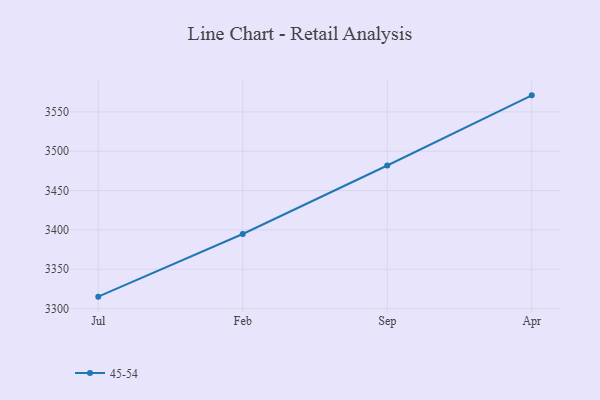
{"axis": {"x": "Month", "y": "Demand Index"}, "legend": ["45-54"], "data": [{"x": "Jul", "y": 3315.1, "type": "45-54"}, {"x": "Feb", "y": 3394.8, "type": "45-54"}, {"x": "Sep", "y": 3481.9, "type": "45-54"}, {"x": "Apr", "y": 3571.1, "type": "45-54"}]}